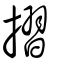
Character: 摺